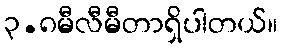
၃.၈မီလီမီတာရှိပါတယ်။